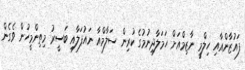
ފައުޒާންއާއި ހިލްމީ ނާޒިމްއަށް ހަމަލާދިނުމުގެ ކުރިން ސަލާމްއާ ނައުފަލާއި ބަސީރު މިތިންމީހުން ވެގެން